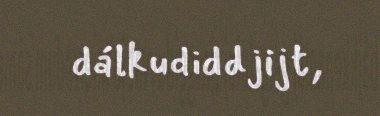
dálkudiddjijt,